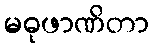
မဓုဖာဏိတာ